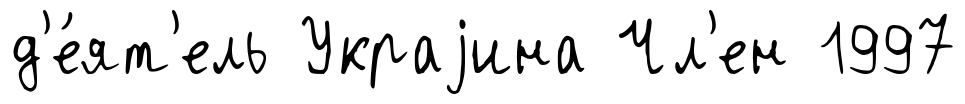
д'е́ят'ель Украjина Чл'ен 1997